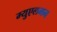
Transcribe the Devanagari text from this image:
म्युएलमन